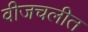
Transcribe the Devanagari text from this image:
वीजचलीत